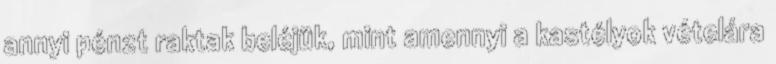
annyi pénzt raktak beléjük, mint amennyi a kastélyok vétel­ára